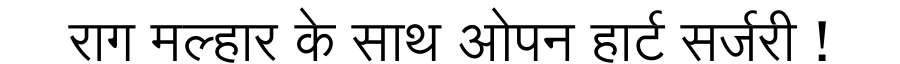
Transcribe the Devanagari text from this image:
राग मल्हार के साथ ओपन हार्ट सर्जरी !